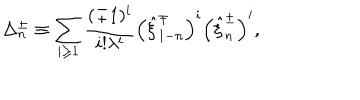
LaTeX: \Delta _ { n } ^ { \pm } \equiv \sum _ { i \geq 1 } ^ { } \frac { ( \mp 1 ) ^ { i } } { i ! \lambda ^ { i } } \left( \hat { \xi } _ { 1 - n } ^ { \mp } \right) ^ { i } \left( \hat { \xi } _ { n } ^ { \pm } \right) ^ { i } ,